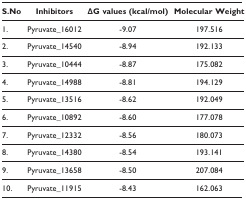
<table><thead><tr><td><b>S.No</b></td><td><b>Inhibitors</b></td><td><b>ΔG values (kcal/mol)</b></td><td><b>Molecular Weight</b></td></tr></thead><tbody><tr><td>1.</td><td>Pyruvate_16012</td><td>-9.07</td><td>197.516</td></tr><tr><td>2.</td><td>Pyruvate_14540</td><td>-8.94</td><td>192.133</td></tr><tr><td>3.</td><td>Pyruvate_10444</td><td>-8.87</td><td>175.082</td></tr><tr><td>4.</td><td>Pyruvate_14988</td><td>-8.81</td><td>194.129</td></tr><tr><td>5.</td><td>Pyruvate_13516</td><td>-8.62</td><td>192.049</td></tr><tr><td>6.</td><td>Pyruvate_10892</td><td>-8.60</td><td>177.078</td></tr><tr><td>7.</td><td>Pyruvate_12332</td><td>-8.56</td><td>180.073</td></tr><tr><td>8.</td><td>Pyruvate_14380</td><td>-8.54</td><td>193.141</td></tr><tr><td>9.</td><td>Pyruvate_13658</td><td>-8.50</td><td>207.084</td></tr><tr><td>10.</td><td>Pyruvate_11915</td><td>-8.43</td><td>162.063</td></tr></tbody></table>